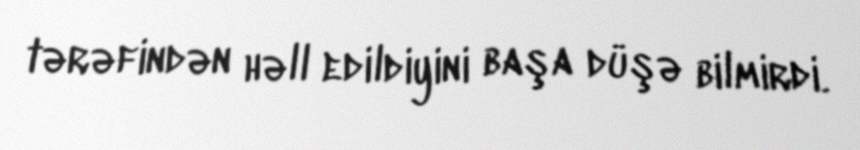
tərəfindən həll edildiyini başa düşə bilmirdi.